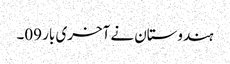
ہندوستان نے آخری بار 09۔